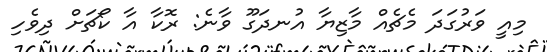
މިއީ ވަރުގަދަ މެޗެއް މާޒިޔާ އުނދަގޫ ވާނެ: ރޮކާ އާ ކޯޗަށް ދިވެހި